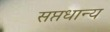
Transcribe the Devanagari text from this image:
सप्तधान्य